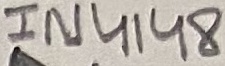
Text: 1N4148